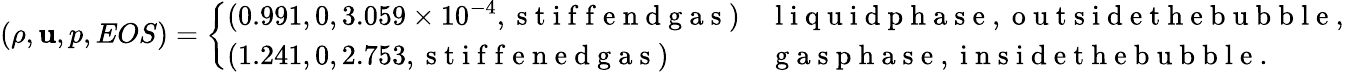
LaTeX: \left(\rho,\mathbf{u},p,EOS\right)=\left\{ \begin{array}{ll}{(0.991,0,3.059\times 10^{-4},\mathrm{~s~t~i~f~f~e~n~d~g~a~s~})}&{\mathrm{~l~i~q~u~i~d~p~h~a~s~e~,~o~u~t~s~i~d~e~t~h~e~b~u~b~b~l~e~,~}}\\ {(1.241,0,2.753,\mathrm{~s~t~i~f~f~e~n~e~d~g~a~s~})}&{\mathrm{~g~a~s~p~h~a~s~e~,~i~n~s~i~d~e~t~h~e~b~u~b~b~l~e~.~}}\end{array}\right.